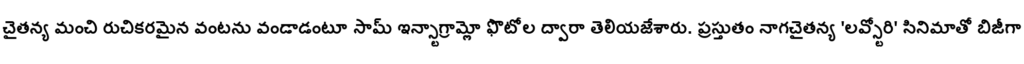
చైతన్య మంచి రుచికరమైన వంటను వండాడంటూ సామ్ ఇన్స్టాగ్రామ్లో ఫొటోల ద్వారా తెలియజేశారు. ప్రస్తుతం నాగచైతన్య 'లవ్స్టోరి' సినిమాతో బిజీగా